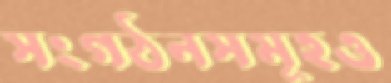
সংগঠনসমূহও